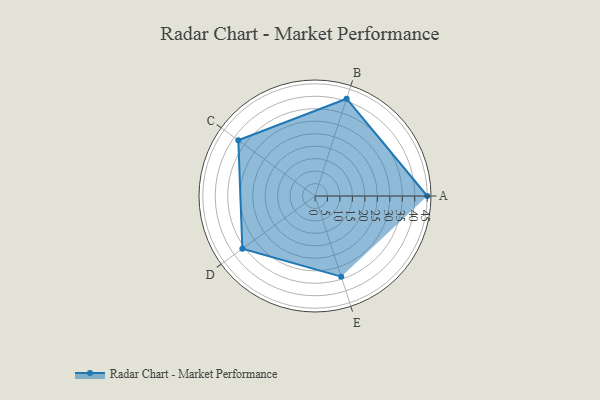
{"axis": {"x": "Skill", "y": "Score"}, "legend": ["Profile"], "data": [{"x": "A", "y": 45.0, "type": "Profile"}, {"x": "B", "y": 41.0, "type": "Profile"}, {"x": "C", "y": 38.0, "type": "Profile"}, {"x": "D", "y": 36.0, "type": "Profile"}, {"x": "E", "y": 34.0, "type": "Profile"}]}